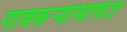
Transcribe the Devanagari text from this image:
गावकर्‍यांमार्फत